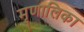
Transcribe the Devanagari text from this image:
मृणालिका